Report on sanitation, dispensaries, and jails in Rajputana for 1921, and on vaccination for the year 1921-1922 - 1921-1922
Year: 1921
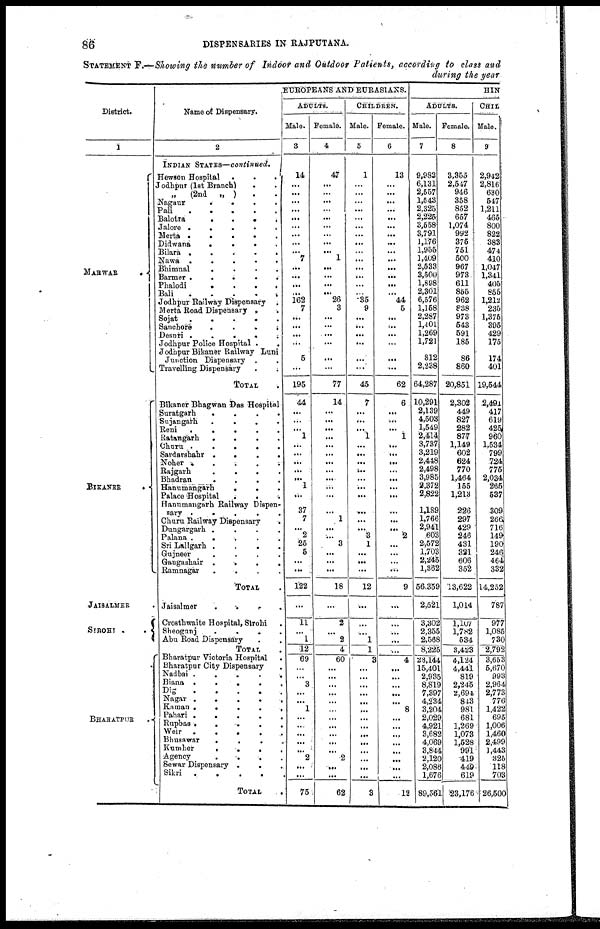
86
DISPENSARIES IN RAJPUTANA.
STATEMENT F.—Showing the number of Indoor and Outdoor Patients, according to class and
during the year
District.
1
MARWAR
.
BIKANER
..
JAISALMER .
SIROHI
..
BHARATPUR .
Name of Dispensary.
2
INDIAN STATES—continued.
Hewson Hospital
...
Jodhpur (1st Branch)
..
„
(2nd „ ) ..
Nagaur
....
Pali
Balotra
....
Jalore
....
Merta
.....
Didwana
....
Bilara
.....
Nawa
.....
Bhimnal
....
Barmer
....
Phalodi
....
Bali
....
Jodhpur Railway Dispensary .
Merta Road Dispensary
..
Sojat
.....
Sanchore
....
Desuri
....
Jodhpur Police Hospital
.
.
Jodhpur Bikaner Railway Luni
Junction Dispensary ..
Travelling Dispensary
..
TOTAL .
Bikaner Bhagwan Das Hospital.
Suratgarh
....
Sujangarh
.
.
.
.
Reni
....
Ratangarh
.
.
.
.
Churu
....
Sardarshahr
.
.
.
.
Noher
.....
Rajgarh
.
.
.
.
Bhadran
.
.
.
.
Hanumangarh
....
Palace Hospital
....
Hanumangarh Railway Dispen-
sary
.....
Churu Railway Dispensary
.
Dungargarh
.
.
.
.
Palana
....
Sri Lallgarh
.
.
.
.
Gujneer
.
.
.
.
Gangashair
....
Ramnagar ....
TOTAL .
Jaisalmer
....
Crosthwaite Hospital, Sirohi .
Sheogunj
.
.
.
.
Abu Road Dispensary ..
TOTAL .
Bharatpur Victoria Hospital .
Bharatpur City Dispensary .
Nadbai .
.
.
.
.
Biana
.....
Dig
Nagar
...
Kaman .
.
.
.
.
Pahari .
.
.
.
.
Rupbas
....
Weir
......
Bhusawar
.
.
.
.
Kumher
....
Agency
....
Sewar Dispensary
...
Sikri
.
.
.
.
.
TOTAL
..
EUROPEANS AND EURASIANS.
ADULTS.
Male.
3
14
...
...
...
...
...
...
...
...
...
7
...
...
...
...
162
7
...
...
...
...
5
...
195
44
...
...
...
1
...
...
...
...
...
1
...
37
7
...
2
25
5
...
...
122
...
11
...
1
12
69
...
...
3
...
...
1
...
...
...
...
...
2
...
...
75
Female.
4
47
...
...
...
...
...
...
...
...
...
1
...
...
...
...
26
3
...
...
....
...
...
...
77
14
...
...
...
...
...
...
...
...
...
...
...
...
1
...
...
3
...
...
...
18
...
2
...
2
4
60
...
...
...
...
...
...
...
...
...
...
...
2
...
...
62
CHILDREN.
Male.
5
1
...
...
...
...
...
...
...
...
...
...
...
...
...
...
35
9
...
...
...
...
...
...
45
7
...
...
...
1
...
...
...
...
...
...
...
...
...
...
3
1
...
...
...
12
...
...
...
1
1
3
...
...
...
...
...
...
...
...
...
...
...
...
...
...
3
Female.
6
13
...
...
...
...
...
...
...
...
...
...
...
...
...
...
44
5
...
...
...
...
...
...
62
6
...
...
...
1
...
...
...
...
...
...
...
...
...
...
2
...
...
...
...
9
...
...
...
...
...
4
...
...
...
...
...
8
...
...
...
...
...
...
...
...
12
HIN
ADULTS.
Male.
7
9,983
6,131
2,557
1,543
2,325
2,225
3,558
3,791
1,176
1,955
1,409
2,533
3,500
1,898
2,301
6,576
1,158
2,287
1,401
1,269
1,721
812
2,238
64,287
10,291
2,139
4,503
1,549
2,414
3,737
3,219
2,448
2,498
3,985
2,372
2,822
1,189
... ... 603
2,572
1,703
2,245
1,362
56,359
2,521
3,302
2,355
2,568
8,225
23,144
15,401
2,935
8,819
7,397
4,234
3,204
2,029
4,921
3,682
4,069
3,844
2,120
2,086
1,676
89,561
Female.
8
3,355
2,547
946
358
852
657
1,074
992
375
751
500
967
973
611
855
962
838
973
543
591
185
86
860
20,851
2,302
449
827
282
877
1,149
602
624
770
1,464
155
1,213
226
297
429
246
431
321
606
352
13,622
1,014
1,107
1,782
534
3,423
4,124
4,441
819
2,245
2,694
843
981
681
1,269
1,073
1,528
991
419
449
619
23,176
CHIL
Male.
9
2,942
2,816
630
547
1,211
465
800
822
383
474
410
1,047
1,341
405
855
1,212
235
1,375
395
429
175
174
401
19,544
2,491
417
619
425
960
1,534
799
724
775
2,034
265
537
309
266
716
149
190
246
464
332
14,252
787
977
1,085
730
2,792
3,653
5,670
993
2,964
2,773
776
1,422
695
1,006
1,460
2,499
1,443
325
118
703
26,500